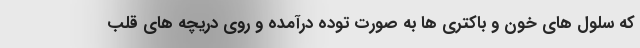
که سلول های خون و باکتری ها به صورت توده درآمده و روی دریچه های قلب